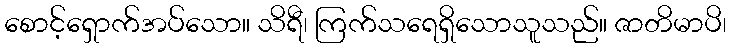
စောင့်ရှောက်အပ်သော။ သိရီ၊ ကြက်သရေရှိသောသူသည်။ ဇာတိမာပိ၊